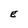
Character: E